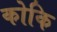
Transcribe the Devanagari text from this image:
कोकि